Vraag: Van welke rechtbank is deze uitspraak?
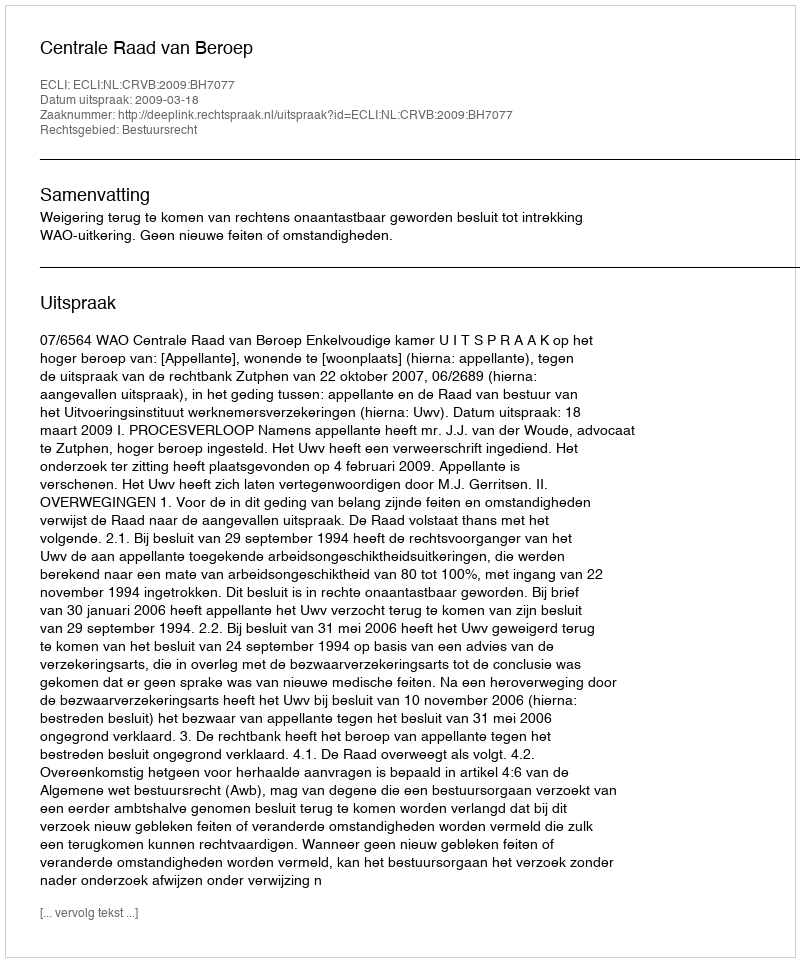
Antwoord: Centrale Raad van Beroep